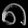
Digit: ၈